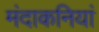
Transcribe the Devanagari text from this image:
मंदाकनियां